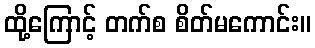
ထို့ကြောင့် တက်စ စိတ်မကောင်း။